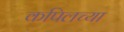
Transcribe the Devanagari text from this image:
कपिलच्या